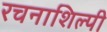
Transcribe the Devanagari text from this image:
रचनाशिल्पी